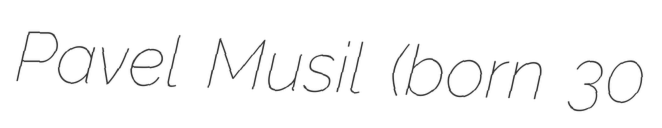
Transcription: Pavel Musil (born 30